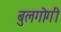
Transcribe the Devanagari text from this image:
बुलगोगी